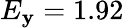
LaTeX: E_{\mathbf{y}}=1.92